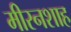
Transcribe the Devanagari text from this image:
मीरनशाह